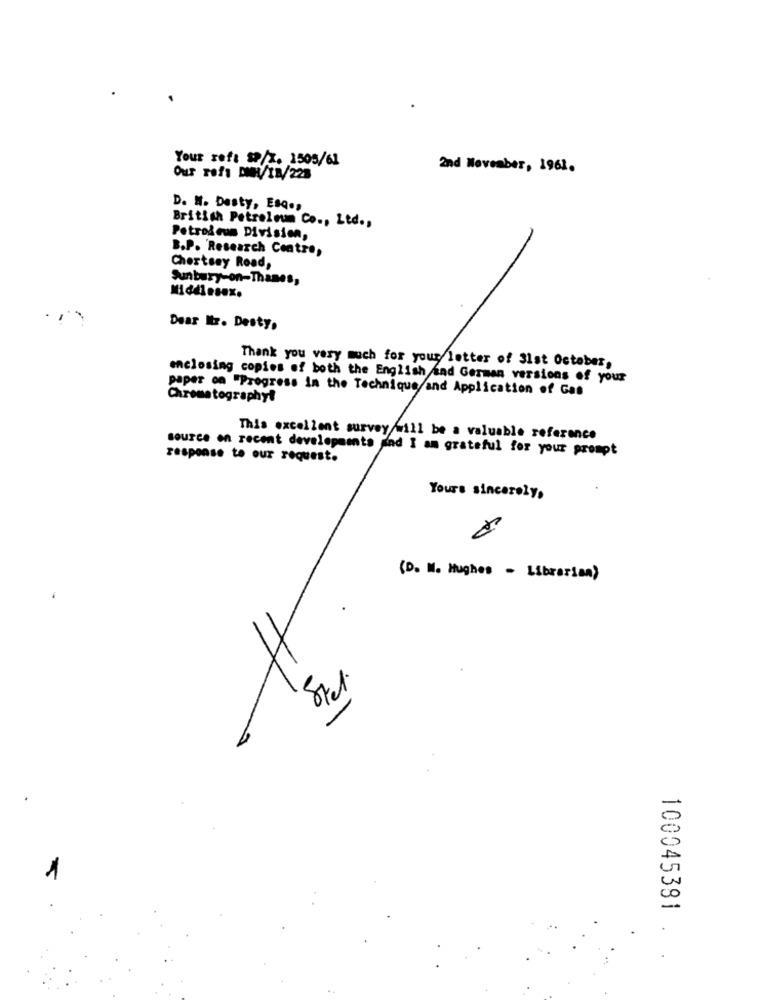
Your reft SP/T. 1505/61
2nd November, 1961.
Our rofi DMW/IN/228
D. N. Desty, Esq .,
British Petroleum Co ., Ltd .,
Petroleum Division,
B.P. 'Research Centre,
Chertsey Road,
Sunbury-on-Thames,
Dear Itr. Desty.
Thank you very much for your letter of 31st October,
enclosing copies of both the English and German versions of your
paper on "Progress in the Technique and Application of Gas
Chromatography!
This excellent survey/will be a valuable reference
source on recent developments and I am grateful for your prompt
response to our request.
Yours sincerely,
(D. M. Hughes - Librarian)
100045381